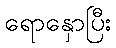
ရောနှောပြီး